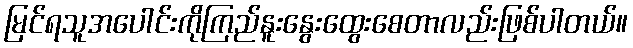
မြင်ရသူအပေါင်းကိုကြည်နူးနွေးထွေးစေတာလည်းဖြစ်ပါတယ်။